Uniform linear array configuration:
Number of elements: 48
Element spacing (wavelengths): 0.25
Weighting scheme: binomial
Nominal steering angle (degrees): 60
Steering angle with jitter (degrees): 59.719
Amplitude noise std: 0.05
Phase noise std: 0.05

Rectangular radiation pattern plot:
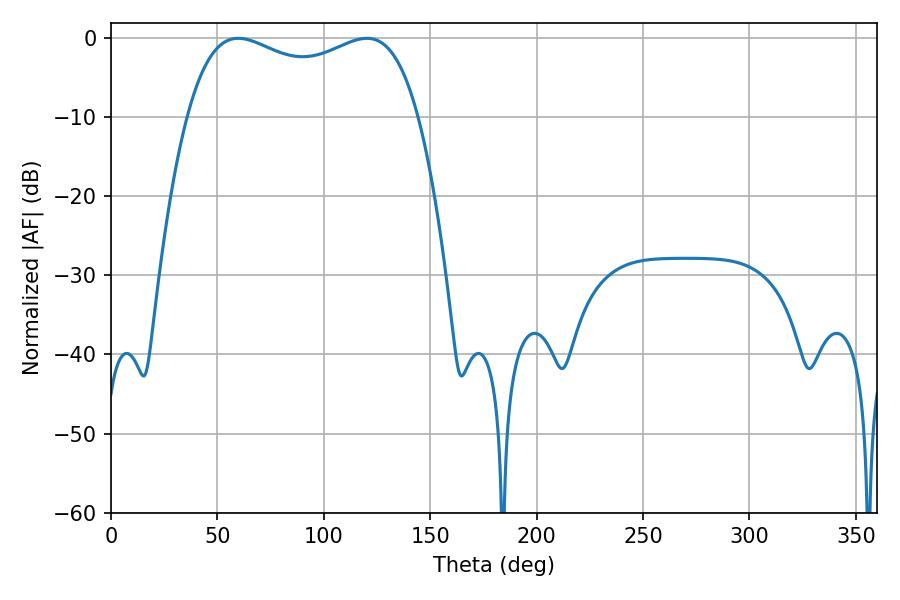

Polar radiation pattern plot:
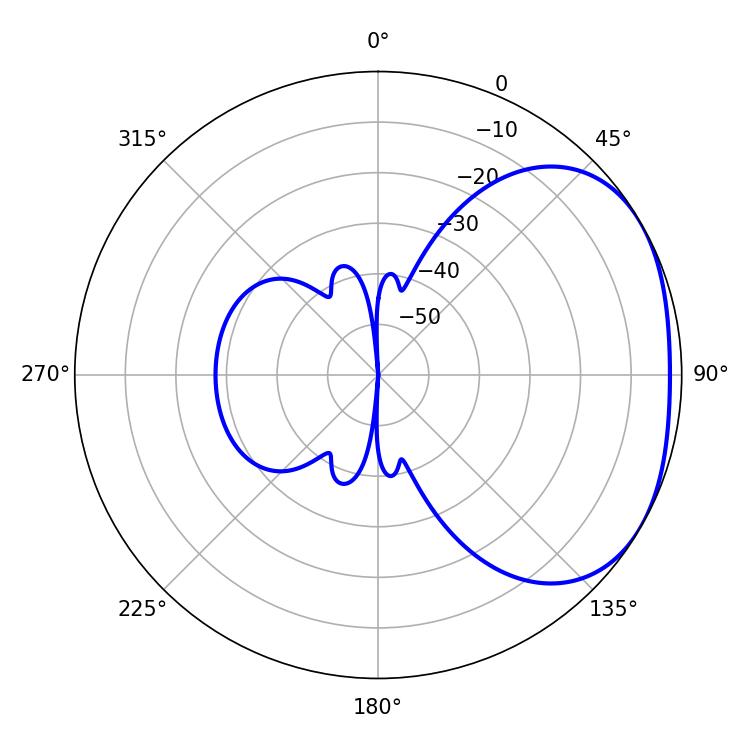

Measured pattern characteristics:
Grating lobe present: FALSE
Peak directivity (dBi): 2.346
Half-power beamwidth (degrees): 89.28
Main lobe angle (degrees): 59.76